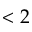
< 2